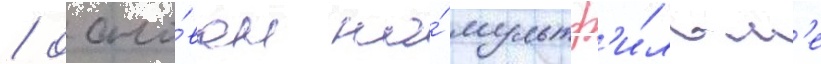
/ осно́ван на́ мультф'и́льм'е